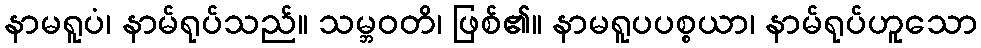
နာမရူပံ၊ နာမ်ရုပ်သည်။ သမ္ဘဝတိ၊ ဖြစ်၏။ နာမရူပပစ္စယာ၊ နာမ်ရုပ်ဟူသော